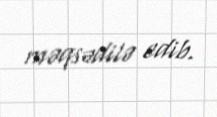
məqsədilə edib.